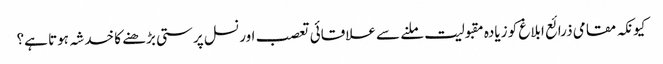
کیونکہ مقامی ذرائع ابلاغ کو زیادہ مقبولیت ملنے سے علاقائی تعصب اور نسل پرستی بڑھنے کا خدشہ ہوتا ہے؟